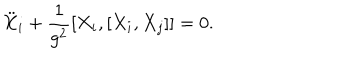
\ddot { X } _ { i } + \frac { 1 } { g ^ { 2 } } [ X _ { i } , [ X _ { i } , X _ { j } ] ] = 0 .